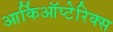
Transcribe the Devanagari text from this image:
आर्किऑप्टेरिक्स